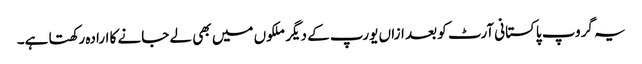
یہ گروپ پاکستانی آرٹ کو بعد ازاں یورپ کے دیگر ملکوں میں بھی لے جانے کا ارادہ رکھتا ہے۔